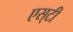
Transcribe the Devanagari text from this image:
एस्‌टी